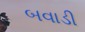
બવાડી